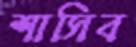
শাসিব